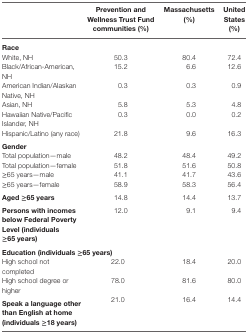
<table><thead><tr><td></td><td><b>Prevention and Wellness Trust Fund communities (%)</b></td><td><b>Massachusetts (%)</b></td><td><b>United States (%)</b></td></tr></thead><tbody><tr><td colspan="4"><b>Race</b></td></tr><tr><td>White, NH</td><td>50.3</td><td>80.4</td><td>72.4</td></tr><tr><td>Black/African-American, NH</td><td>15.2</td><td>6.6</td><td>12.6</td></tr><tr><td>American Indian/Alaskan Native, NH</td><td>0.3</td><td>0.3</td><td>0.9</td></tr><tr><td>Asian, NH</td><td>5.8</td><td>5.3</td><td>4.8</td></tr><tr><td>Hawaiian Native/Pacific Islander, NH</td><td>0.3</td><td>0.0</td><td>0.2</td></tr><tr><td>Hispanic/Latino (any race)</td><td>21.8</td><td>9.6</td><td>16.3</td></tr><tr><td colspan="4"><b>Gender</b></td></tr><tr><td>Total population—male</td><td>48.2</td><td>48.4</td><td>49.2</td></tr><tr><td>Total population—female</td><td>51.8</td><td>51.6</td><td>50.8</td></tr><tr><td>≥65 years—male</td><td>41.1</td><td>41.7</td><td>43.6</td></tr><tr><td>≥65 years—female</td><td>58.9</td><td>58.3</td><td>56.4</td></tr><tr><td><b>Aged ≥65 years</b></td><td>14.8</td><td>14.4</td><td>13.7</td></tr><tr><td><b>Persons with incomes below Federal Poverty Level (individuals ≥65 years)</b></td><td>12.0</td><td>9.1</td><td>9.4</td></tr><tr><td colspan="4"><b>Education (individuals ≥65 years)</b></td></tr><tr><td>High school not completed</td><td>22.0</td><td>18.4</td><td>20.0</td></tr><tr><td>High school degree or higher</td><td>78.0</td><td>81.6</td><td>80.0</td></tr><tr><td><b>Speak a language other than English at home (individuals ≥18 years)</b></td><td>21.0</td><td>16.4</td><td>14.4</td></tr></tbody></table>